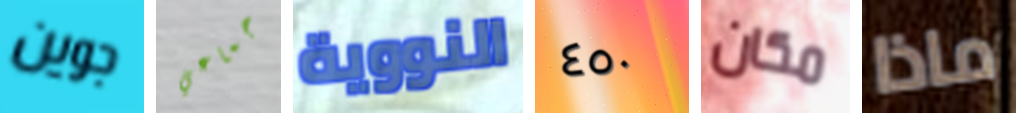
جوين جماعي النووية ٤٥٠ مكان ماذا